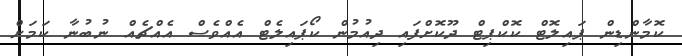
ކޮމާންޑިން ޕައިލޮޓް ކޮކްޕިޓް ދޫކޮށްފައި ދިއުމުން ކޯޕައިލެޓް އެއްވެސް އެއްޗެއް ނުބުނާ ކަމަށް